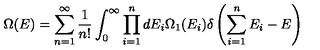
\Omega ( E ) = \sum _ { n = 1 } ^ { \infty } \frac { 1 } { n ! } \int _ { 0 } ^ { \infty } \prod _ { i = 1 } ^ { n } d E _ { i } \Omega _ { 1 } ( E _ { i } ) \delta \left( \sum _ { i = 1 } ^ { n } E _ { i } - E \right)